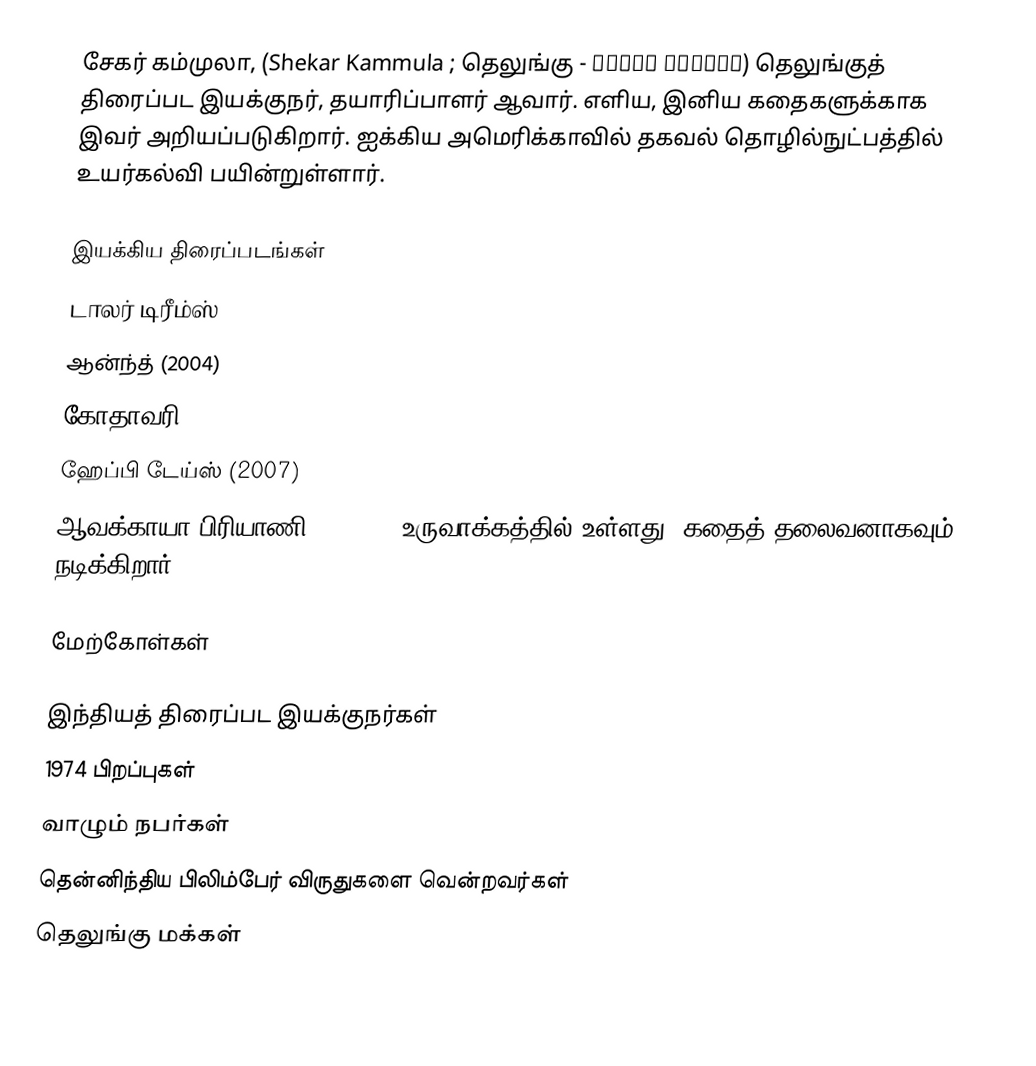
சேகர் கம்முலா, (Shekar Kammula ; தெலுங்கு - శేఖర్ కమ్ముల) தெலுங்குத் திரைப்பட இயக்குநர், தயாரிப்பாளர் ஆவார். எளிய, இனிய கதைகளுக்காக இவர் அறியப்படுகிறார். ஐக்கிய அமெரிக்காவில் தகவல் தொழில்நுட்பத்தில் உயர்கல்வி பயின்றுள்ளார்.

இயக்கிய திரைப்படங்கள்
 டாலர் டிரீம்ஸ்
 ஆன்ந்த் (2004)
 கோதாவரி (2006)
 ஹேப்பி டேய்ஸ் (2007)
 ஆவக்காயா பிரியாணி (2008) - உருவாக்கத்தில் உள்ளது. கதைத் தலைவனாகவும் நடிக்கிறார்.

மேற்கோள்கள்

இந்தியத் திரைப்பட இயக்குநர்கள்
1974 பிறப்புகள்
வாழும் நபர்கள்
தென்னிந்திய பிலிம்பேர் விருதுகளை வென்றவர்கள்
தெலுங்கு மக்கள்